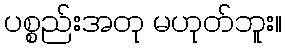
ပစ္စည်းအတု မဟုတ်ဘူး။